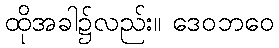
ထိုအခါ၌လည်း။ ဒေဝဘဝေ